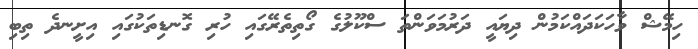
ހިމޭޝް ވާހަކަދައްކަމުން ދިޔައީ ދަރުމަވަންތަ ސްކޫލުގެ ގޯތިތެރޭގައި ހުރި ގޮނޑިތަކުގައި އިށީނދެ ތިބި